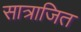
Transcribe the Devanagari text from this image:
सात्राजित